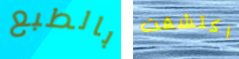
بالطبع اكتشفت